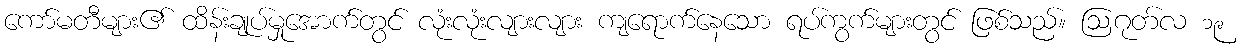
ကော်မတီများ၏ ထိန်းချုပ်မှုအောက်တွင် လုံးလုံးလျားလျား ကျရောက်နေသော ရပ်ကွက်များတွင် ဖြစ်သည်။ ဩဂုတ်လ ၁၉